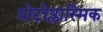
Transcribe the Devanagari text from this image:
प्रोटोप्लास्मिक